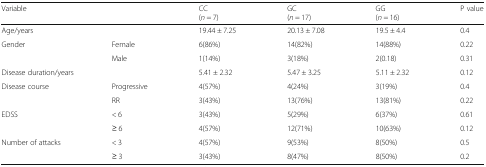
| <COLSPAN=2> Variable | CC(n = 7) | GC(n = 17) | GG(n = 16) | P value |
 | --- | --- | --- | --- | --- | --- |
 | <COLSPAN=2> Age/years | 19.44 ± 7.25 | 20.13 ± 7.08 | 19.5 ± 4.4 | 0.4 |
 | <ROWSPAN=2> Gender | Female | 6(86%) | 14(82%) | 14(88%) | 0.22 |
 | Male | 1(14%) | 3(18%) | 2(0.18) | 0.31 |
 | <COLSPAN=2> Disease duration/years | 5.41 ± 2.32 | 5.47 ± 3.25 | 5.11 ± 2.32 | 0.12 |
 | <ROWSPAN=2> Disease course | Progressive | 4(57%) | 4(24%) | 3(19%) | 0.4 |
 | RR | 3(43%) | 13(76%) | 13(81%) | 0.22 |
 | <ROWSPAN=2> EDSS | < 6 | 3(43%) | 5(29%) | 6(37%) | 0.61 |
 | ≥ 6 | 4(57%) | 12(71%) | 10(63%) | 0.12 |
 | <ROWSPAN=2> Number of attacks | < 3 | 4(57%) | 9(53%) | 8(50%) | 0.5 |
 | ≥ 3 | 3(43%) | 8(47%) | 8(50%) | 0.2 |